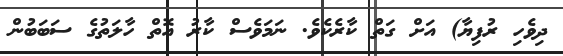
ދިވެހި ރުފިޔާ) އަށް ގަތް ކާރެކެވެ. ނަމަވެސް ކާރު އޮތް ހާލަތުގެ ސަބަބުން